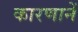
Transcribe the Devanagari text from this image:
कारणानें